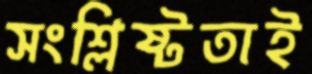
সংশ্লিষ্টতাই